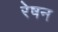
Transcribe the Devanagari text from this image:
रेषन